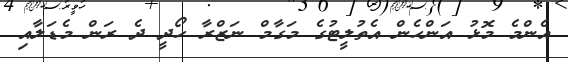
އެންމެ މޮޅު އަންހެން އެތުލީޓުގެ މަގާމް ނަޒްރާ ހޯދީ ދެ ރަން މެޑަލާއި